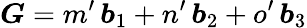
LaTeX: \boldsymbol G=m^{\prime}\, \boldsymbol b_{1}+n^{\prime}\, \boldsymbol b_{2}+o^{\prime}\, \boldsymbol b_{3}